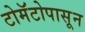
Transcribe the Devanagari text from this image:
टोमॅटोपासून